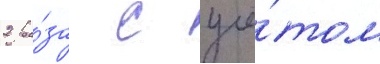
2 ра́за с учё́том